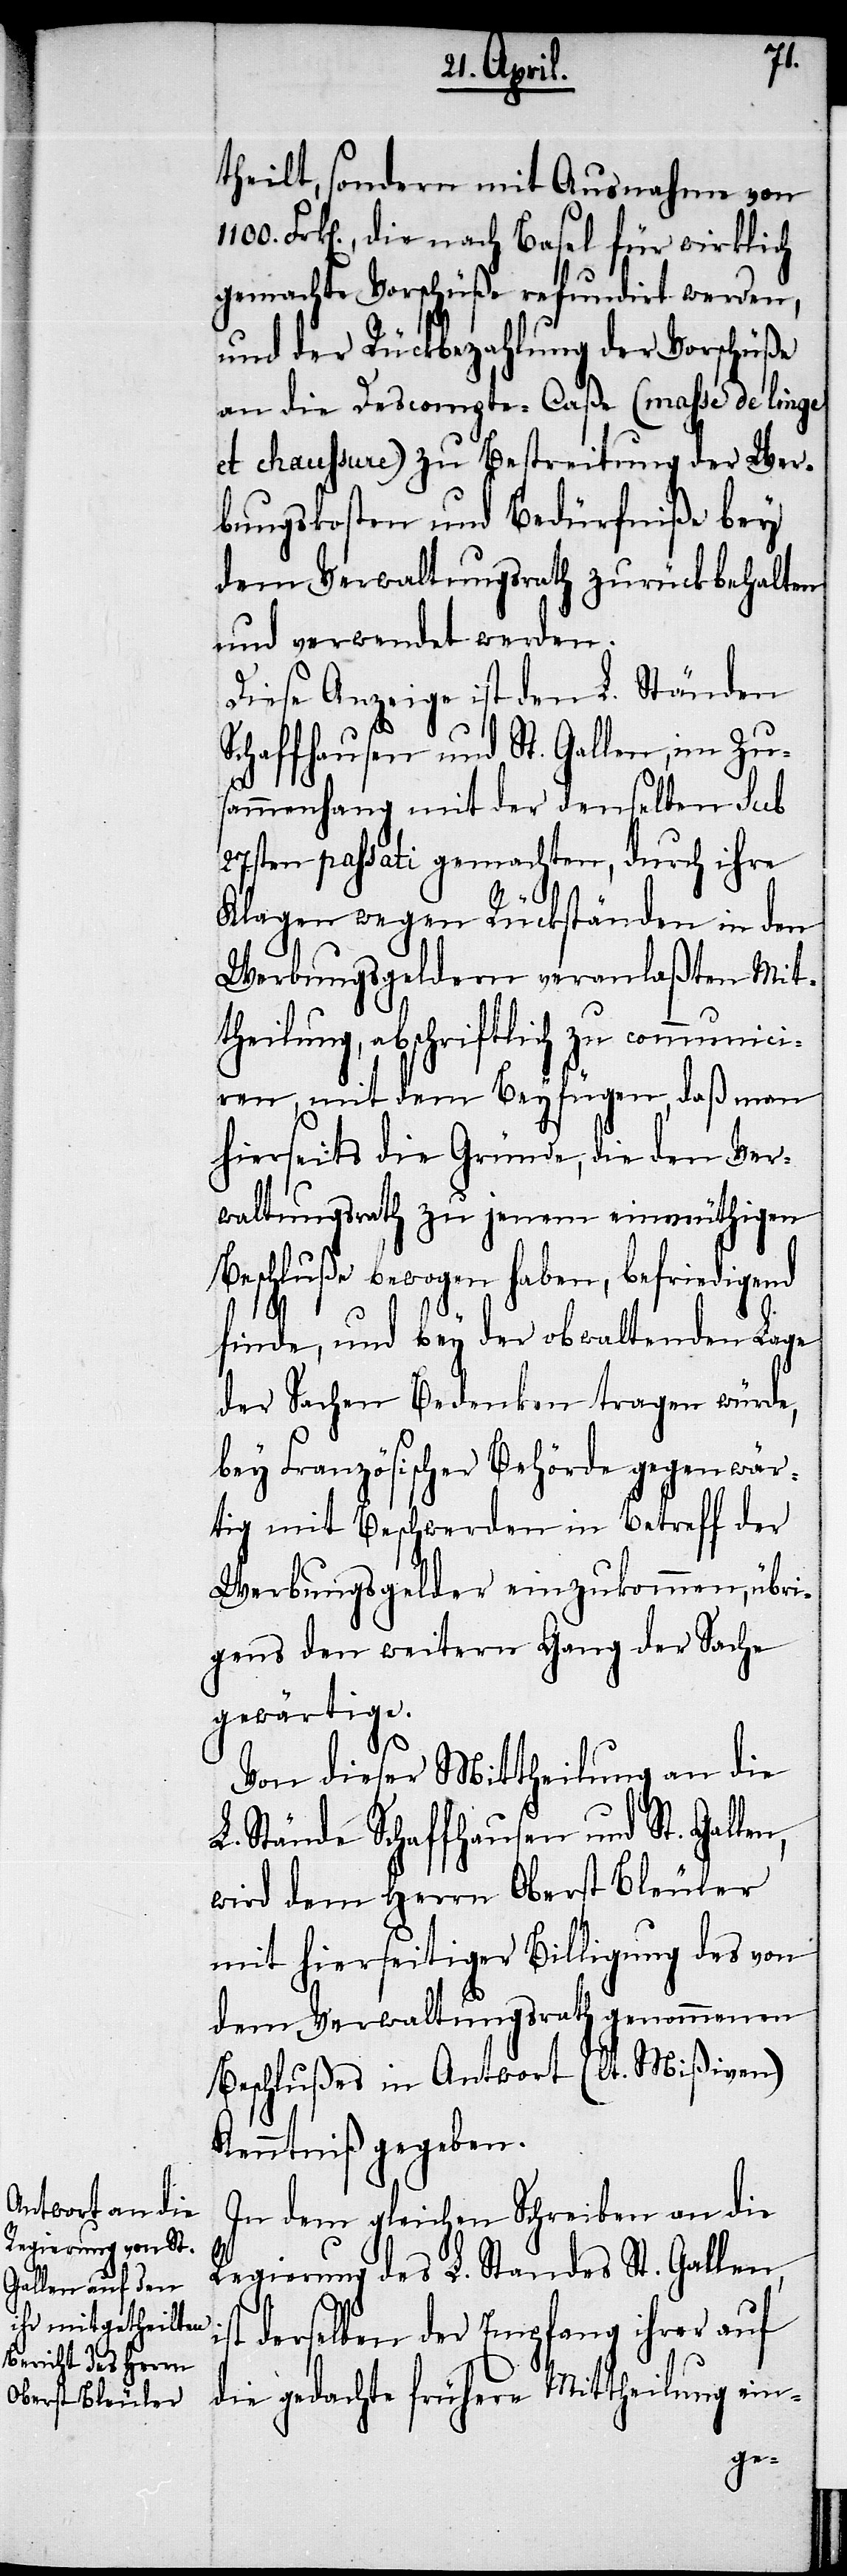
theilt, sondern mit Ausnahme von
Frk[en]., die nach Basel für wirklich
gemachte Vorschüße refundirt werden,
und der Rückbezahlung der Vorschüße
an die Descompte-Caße (masse de linge
et chaussure) zu Bestreitung der Wer¬
bungskosten und Bedürfniße bey
dem Verwaltungsrath zurückbehalten
und verwendet werden.
Diese Anzeige ist den L. Ständen
Schaffhausen und St. Gallen, im Zu¬
sammenhang mit der denselben sub
27sten passati gemachten, durch ihre
Klagen wegen Rückständen in den
Werbungsgeldern veranlaßten Mit¬
theilung, abschriftlich zu communici¬
ren, mit dem Beyfügen, daß man
hierseits die Gründe, die den Ver¬
waltungsrath zu jenem einmüthigen
Beschluße bewogen haben, befriedigend
i¬
finde, und bey der obwaltenden Lage
der Sachen Bedenken tragen würde,
bey Französischer Behörde gegenwär¬
tig mit Beschwerden in Betreff der
Werbungsgelder einzukommen, übri¬
gens den weitern Gang der Sache
gewärtige.
Von dieser Mittheilung an die
L. Stände Schaffhausen und St. Gallen,
wird dem Herrn Oberst Bleuler
mit hierseitiger Billigung des von
dem Verwaltungsrath genommenen
Beschlußes in Antwort (lt. Mißiven)
Kenntniß gegeben.
In dem gleichen Schreiben an die
Regierung des L. Standes St. Gallen,
st derselben der Empfang ihrer auf
die gedachte frühere Mittheilung ein-